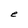
Character: e